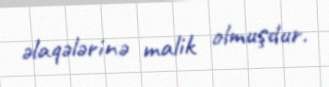
əlaqələrinə malik olmuşdur.